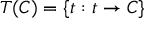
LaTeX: T ( C ) = \{ t : t \to C \}